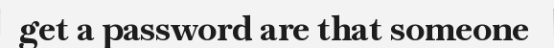
get a password are that someone